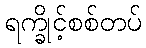
ရက္ခိုင့်စစ်တပ်